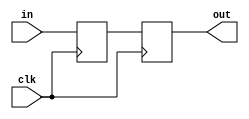
`timescale 1ns / 1ps


module cdc_2ff(
    input clk,
    input in,
    output out
    );

reg a, b;

always @(posedge clk) begin
    a <= in;
end 

always @(posedge clk) begin
    b <= a;
end 

assign out = b;

endmodule